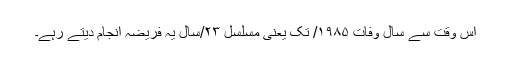
اس وقت سے سالِ وفات ۱۹۸۵/ تک یعنی مسلسل ۲۳/سال یہ فریضہ انجام دیتے رہے۔